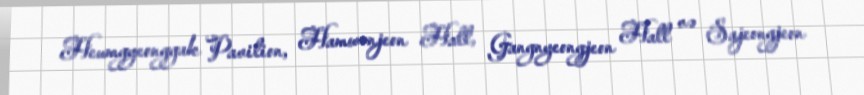
Heumgyeonggak Pavilion, Hamwonjeon Hall, Gangnyeongjeon Hall və Sajeongjeon